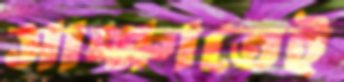
সাক্ষাতেই